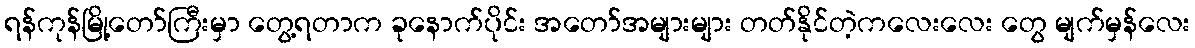
ရန်ကုန်မြို့တော်ကြီးမှာ တွေ့ရတာက ခုနောက်ပိုင်း အတော်အများများ တတ်နိုင်တဲ့ကလေးလေး တွေ မျက်မှန်လေး